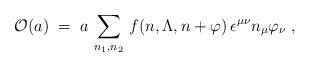
LaTeX: \begin{align*}{\cal O} (a) \;=\; a \, \sum_{n_1,n_2} \, f (n,\Lambda, n+ \varphi ) \,\epsilon^{\mu \nu} n_{\mu} \varphi_{\nu} \;,\end{align*}